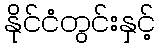
နိုင်ငံတွင်းနှင့်